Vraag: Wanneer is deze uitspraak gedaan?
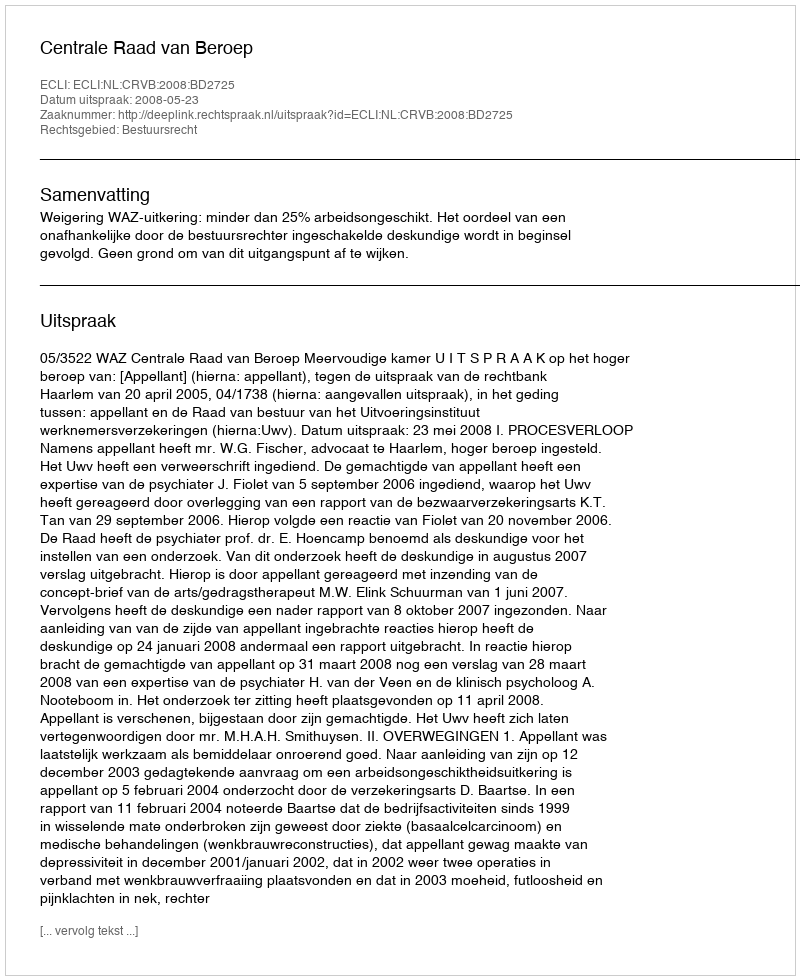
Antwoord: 2008-05-23